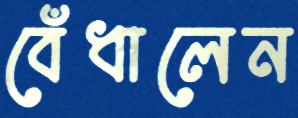
বেঁধালেন